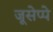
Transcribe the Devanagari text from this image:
जूसेप्पे